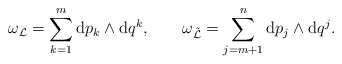
\begin{align*}\omega_{\cal L}=\sum_{k=1}^{m} {\rm d}p_k\wedge {\rm d}q^k, \qquad \omega_{\tilde {\cal L}}=\sum_{j=m+1}^{n} {\rm d}p_j\wedge {\rm d}q^j.\end{align*}